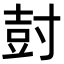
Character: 尌